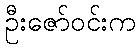
ဦးဇော်ဝင်းက